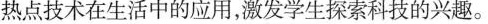
热点技术在生活中的应用,激发学生探索科技的兴趣。